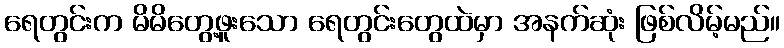
ရေတွင်းက မိမိတွေ့ဖူးသော ရေတွင်းတွေထဲမှာ အနက်ဆုံး ဖြစ်လိမ့်မည်။